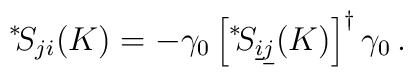
\displaystyle{ \raisebox{0.6ex}{\scriptsize{*}}} \! S_{j i} (K) = - \gamma_0 \left[ \displaystyle{ \raisebox{0.6ex}{\scriptsize{*}}} \! S_{\underline{i} \underline{j}} (K) \right]^\dagger \gamma_0 \, .